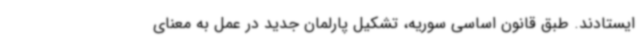
ایستادند. طبق قانون اساسی سوریه، تشکیل پارلمان جدید در عمل به معنای